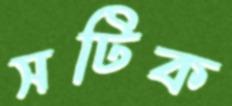
সটিক